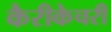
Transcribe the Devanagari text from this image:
कैरीकेचरी